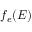
f _ { e } ( E )